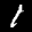
Label: 1